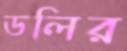
ডলির